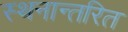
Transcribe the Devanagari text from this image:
स्थनान्तरित